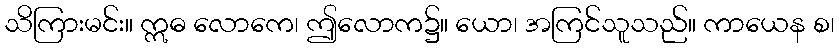
သိကြားမင်း။ ဣဓ လောကေ၊ ဤလောက၌။ ယော၊ အကြင်သူသည်။ ကာယေန စ၊